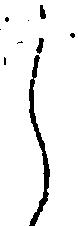
し